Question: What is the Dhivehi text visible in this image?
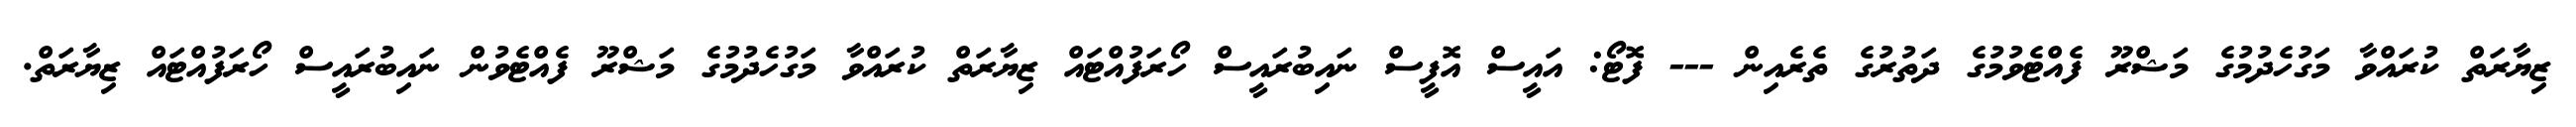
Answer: ޒިޔާރަތް ކުރައްވާ މަގުހެދުމުގެ މަޝްރޫ ފެއްޓެވުމުގެ ދަތުރުގެ ތެރެއިން --- ފޮޓޯ: އައީސް އޮފީސް ނައިބުރައީސް ހޯރަފުއްޓައް ޒިޔާރަތް ކުރައްވާ މަގުހެދުމުގެ މަޝްރޫ ފެއްޓެވުން ނައިބުރައީސް ހޯރަފުއްޓައް ޒިޔާރަތް.